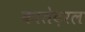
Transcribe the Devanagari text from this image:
कातेदरल